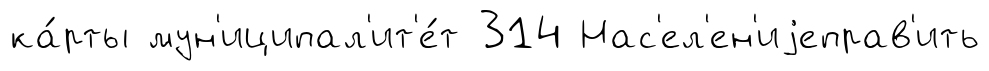
ка́рты мун'иципал'ит'е́т 314 Нас'ел'ен'иjеправ'ить